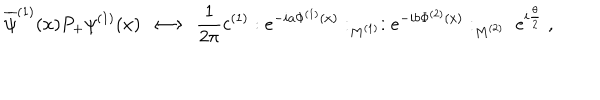
\overline { { { \psi } } } ^ { ( 1 ) } ( x ) P _ { + } \psi ^ { ( 1 ) } ( x ) \; \longleftrightarrow \; \frac { 1 } { 2 \pi } c ^ { ( 1 ) } : e ^ { - i a \Phi ^ { ( 1 ) } ( x ) } : _ { M ^ { ( 1 ) } } : e ^ { - i b \Phi ^ { ( 2 ) } ( x ) } : _ { M ^ { ( 2 ) } } \; e ^ { i \frac { \theta } { 2 } } \; ,